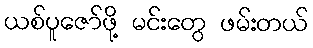
ယစ်ပူဇော်ဖို့ မင်းတွေ ဖမ်းတယ်